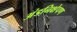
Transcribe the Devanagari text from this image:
अंडनिक्षेपण